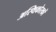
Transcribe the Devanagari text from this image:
अस्थिकोरकों